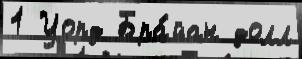
1 Уорд Бра́йан долл